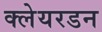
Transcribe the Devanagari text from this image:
क्लेयरडन